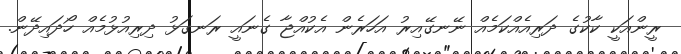
ރީންއަކީ ކާކުގެ ދަރިއެއްކަމެއް ނޭނގޭއިރު އަހަރެން އެކުއްޖާ ގެނައީ ރަނގަޅު ދިރިއުޅުމެއް ހޯދައިދޭން.